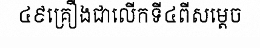
៤៩គ្រឿងជាលើកទី៤ពីសម្តេច